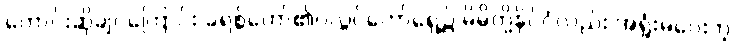
တောင်းဆိုချင်ကြောင်း ခရစ်တော်၏ပလ္လင်တော်ရှေ့၌ မိမိတို့နိုင်ငံလည်း အရှုံးမပေးတဲ့